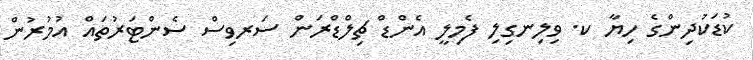
ކުޑަކުދިންގެ ހިޔާ ކ. ވިލިނގިލި ފެމިލީ އެންޑް ޗިލްޑްރަން ސަރވިސް ސެންޓަރުތައް އުމުރުން